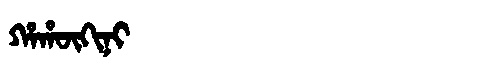
Manchu: ᡥᠠᡥᡡᡴᡳᠨᡳ
Romanization: HAHŪKINI